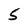
Character: 5